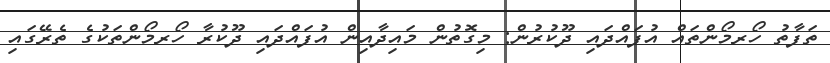
ތަފާތު ހޯރމޯންތައް އުފައްދައި ދޫކުރުން: މިގޮތުން މައިދާއިން އުފައްދައި ދޫކުރާ ހޯރމޯންތަކުގެ ތެރޭގައި